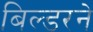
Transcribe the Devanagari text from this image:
बिल्डरने